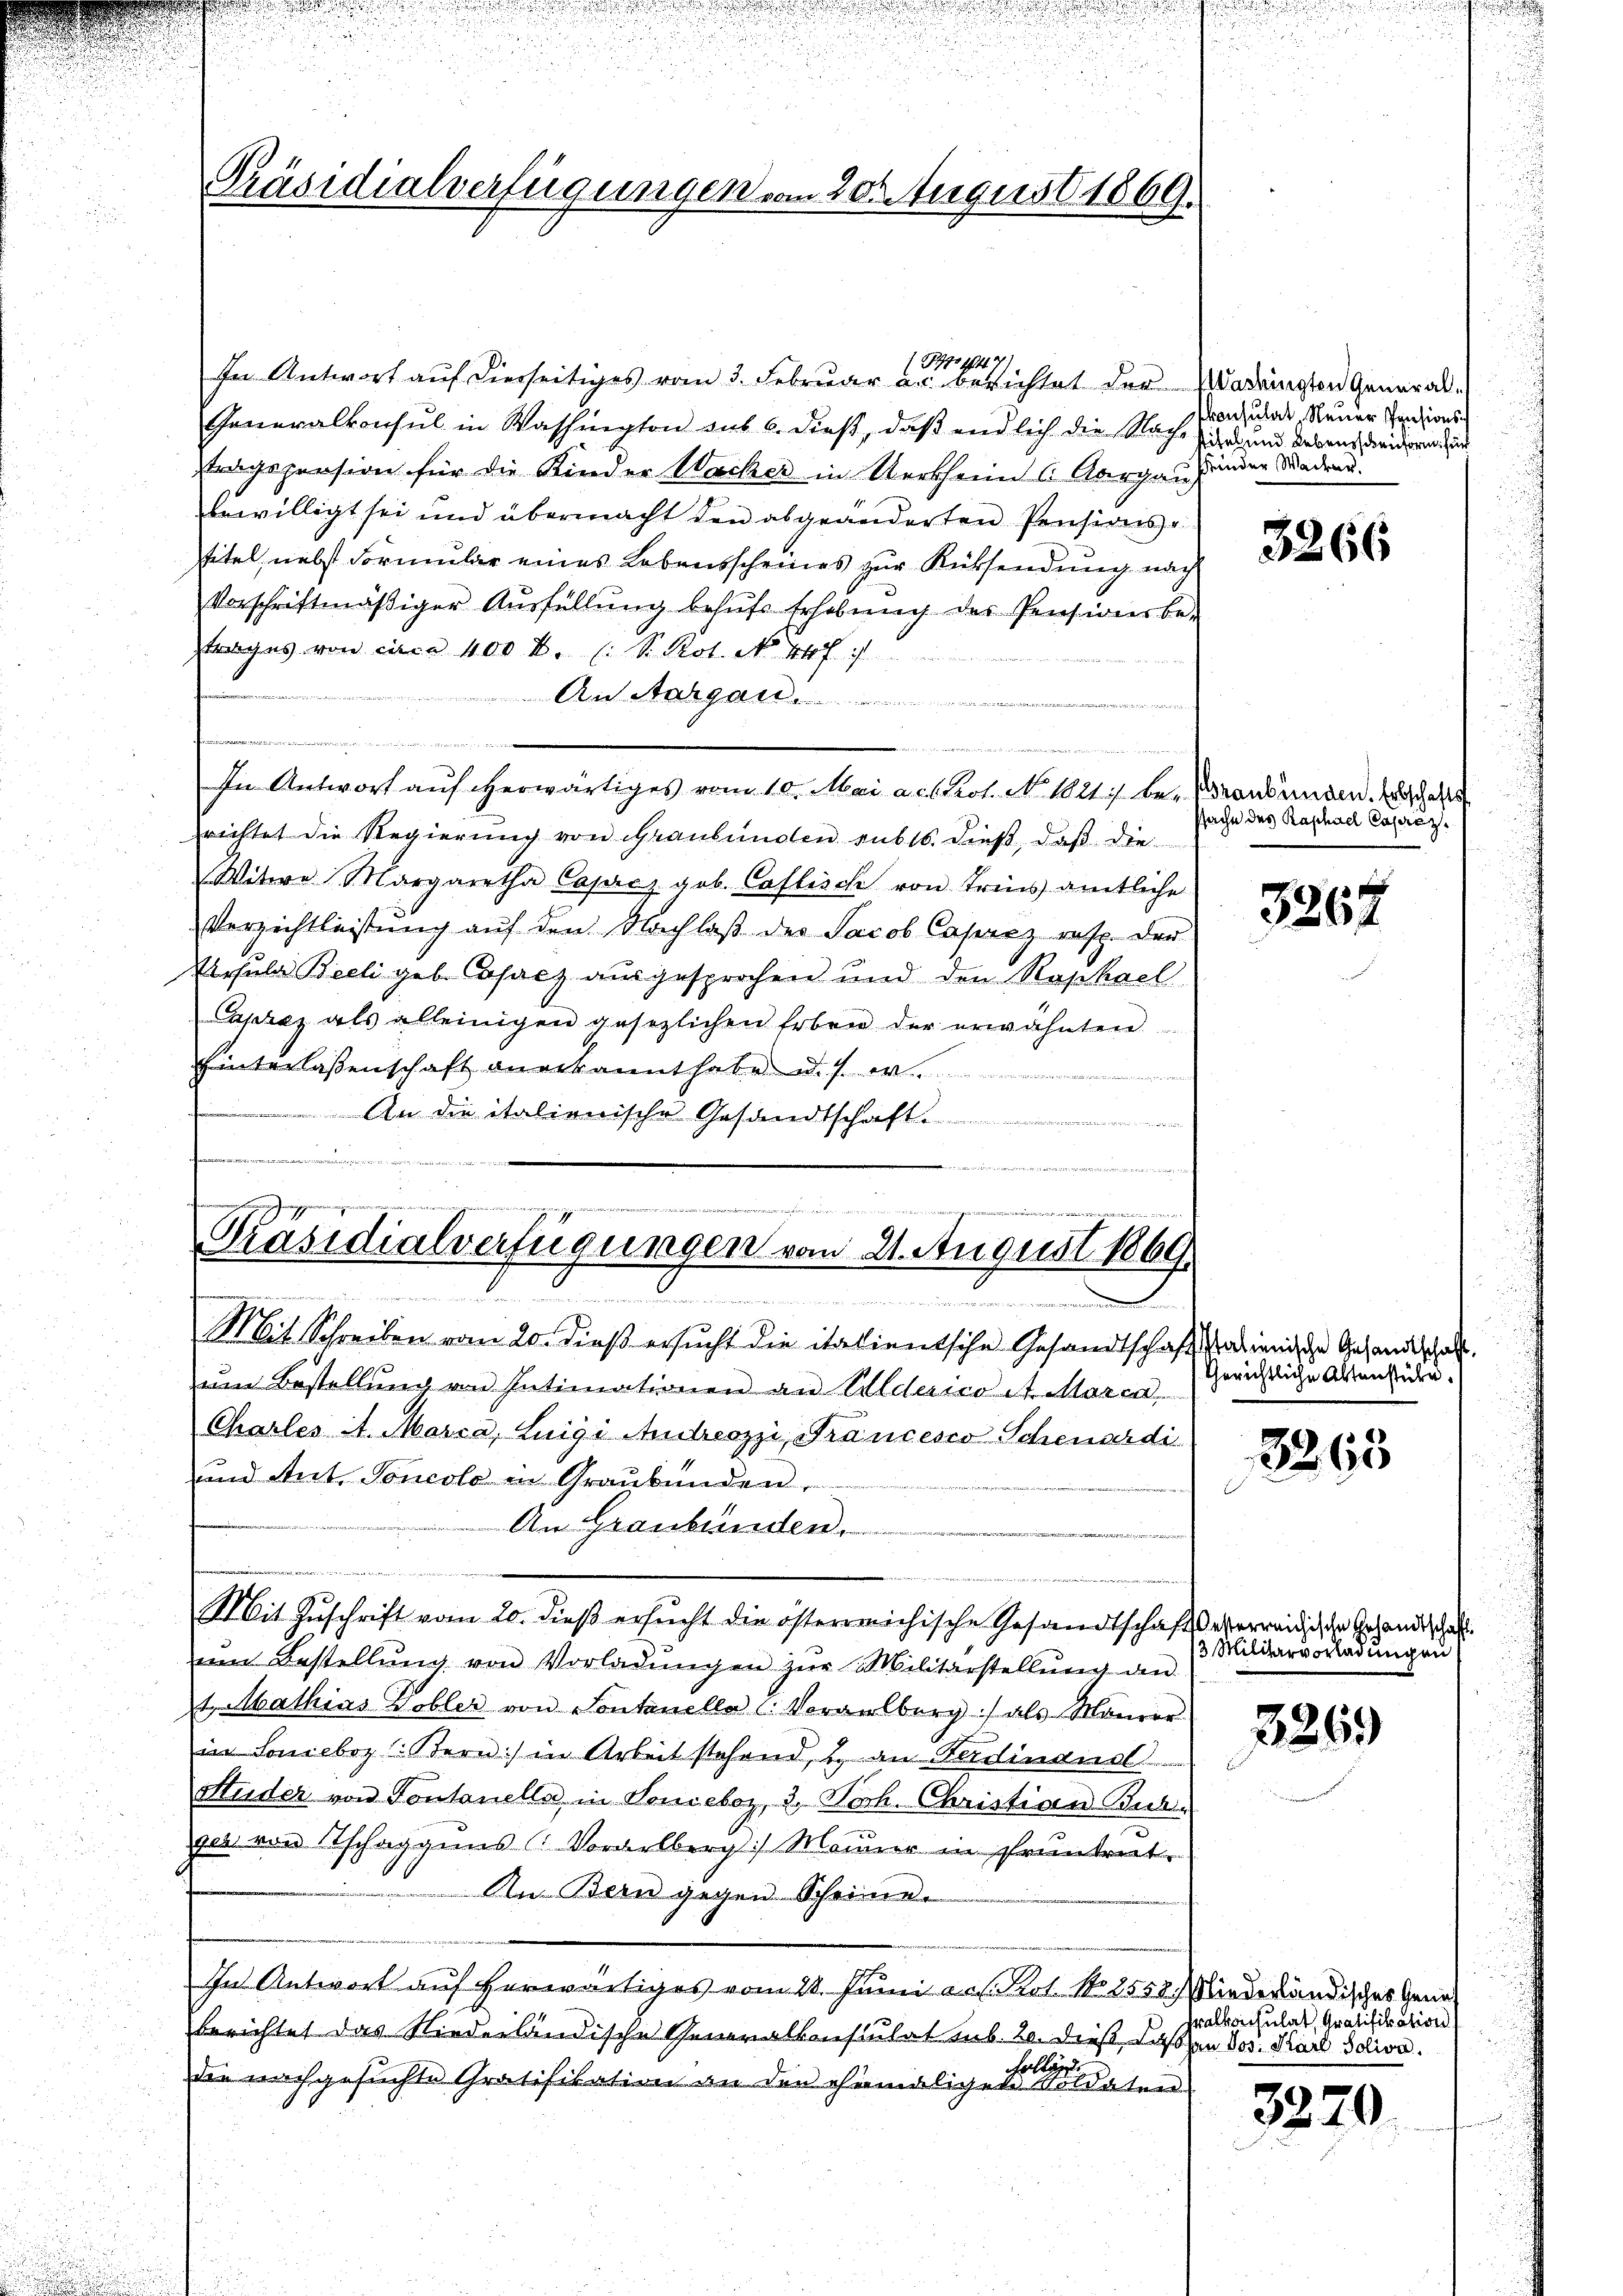
Präsidialverfügungen vom 20. August 1869.

o 1849
In Antwort aŭf dierseitiges vom 3. Februar a.c. berichtet der Madringten General-
Generalkonsul in Washington aus 6. dieβ, daβ endlich die Nache
stragsprosion für die Kinder Wacker in Uertheim (Aargau,
bewilligt sei und übermacht den abgeänderten Pensions-
Titel, nebst Formular eines Lebensscheines zur Rüksendung nach
vorschriftmäβiger Aŭsfüllŭng behŭfs Erhebung des Pensionsbe-
frages von circa 400 R. (: S. Rot. No. 447. 1
An Aargar
u
e
In Antwort auf herwärtiges vom 10. Mai a. prot. No 1021) be- Krankunden. Es hal
richtet die Regierung von Graubünden subts. dieß, daß die
Witwe Margaretha Caprez gob. Caflisch von Tries amtliche
Verzichtleistŭng auf den Nachlaβ des Jacob Caprez resp. der
Ursula Beeli geb. Gfacz ausgesprochen und den Raphael
Caprez als alleinigen gesezlichen Erben der erwähnten
hinterlassenschaft anerkannt habe. d. 7.
An die italienische Gesandtschaft ...........................
.
ein einen sei es seinen die sie die in ein werden einen ein ich
naires, was zu einer den

Präsidialverfügungen vom 21. August 1869.
 Donnen

n

Mit Schreiben vom 20. dieß ersucht die italientsche Gesandtschaft, das in der Gesandtschaft.
ŭm Bestellung von Intimationen an Alderico At. Morca
Charles A. Marca, Luigi Andreozzi, Francesco Schenardi
und Ant. Soncolo in Graubünden,
An Graubünden.
.
Mit Zuschrift vom 20. dieß ersucht die österreichische Gesandtschaftsverreichische Gesandtschaf
um Bestellŭng von Vorladŭngen zŭr Militärstellŭng den
t Mathias Kobler von Sontanelle Vorarlberg) als Manien
in Sonieboz : Stern) in Arbeit stehend, 2. an Ferdinanst
Studer von Tontonella in Soneboz, 3. Joh. Christian Buch.
ger von Tschaggens Vorarlberg) Manner in Pruntreit
An Bern gegen Scheine.
In Antwort auf herwärtiges vom 21. Junii aus. Kot. No 2550 Minderländisches Geneberichtet das Niederländische Generalkonsulat mb. 20. dieß Lachen Vos. Karl Solivo
cholleg
die nachgesuchte Gratifikation an den ehemaligen Soldaten

konsulat, Neuer Pensions-
stifel und Lebensschenform für
rinder Wacker.

3266

ssache des Raphael Caprez

3267

Gerichtliche Aktensteile.

3263

3 Militarvorladungen

3269

Pralkonsulat, Gratifikation

3379